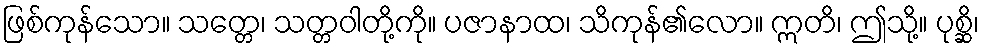
ဖြစ်ကုန်သော။ သတ္တေ၊ သတ္တဝါတို့ကို။ ပဇာနာထ၊ သိကုန်၏လော။ ဣတိ၊ ဤသို့။ ပုစ္ဆိ၊